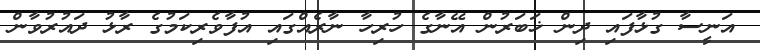
އަނީސާ ގުޅާފައި ދިން ޚަބަރުން އޭނާގެ ހުރިހާ ނާރެއްގައި އުފާވެރިކަމުގެ ރާޅު ދައުރުވާން